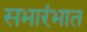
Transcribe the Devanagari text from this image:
सभारंभात